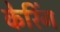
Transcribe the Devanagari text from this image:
केरिंग